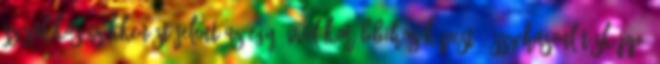
százalékos csökkenést jelent az egy évvel korábbihoz képest. Összehasonlításképp: